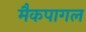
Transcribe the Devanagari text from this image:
मैकपागल